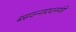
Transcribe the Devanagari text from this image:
बसवन्नाप्रधानमंत्री